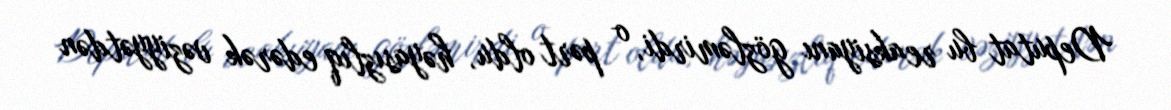
Deputat bu reaksiyanı gözləmirdi, o pərt oldu, həyasızlıq edərək vəziyyətdən